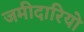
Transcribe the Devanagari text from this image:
जमीदारियो